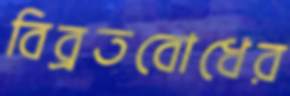
বিব্রতবোধের